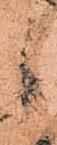
候